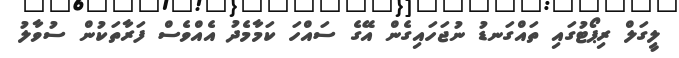
ލީގަލް ރިޕޯޓުގައި ތައްގަނޑު ނުޖަހައިގެން އޭގެ ސައްހަ ކަމާމެދު އެއްވެސް ފަރާތަކުން ސުވާލު